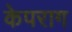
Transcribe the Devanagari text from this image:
केपराग